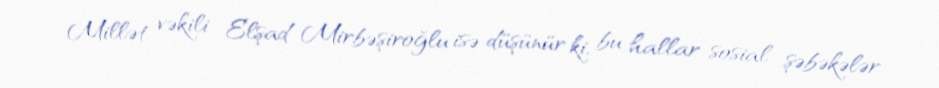
Millət vəkili Elşad Mirbəşiroğlu isə düşünür ki, bu hallar sosial şəbəkələr